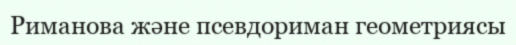
Риманова және псевдориман геометриясы